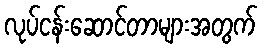
လုပ်ငန်းဆောင်တာများအတွက်